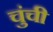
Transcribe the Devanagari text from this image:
चुंची